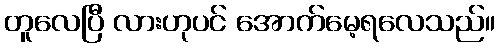
တူလေပြီ လားဟုပင် အောက်မေ့ရလေသည်။